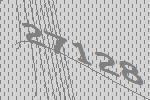
27128